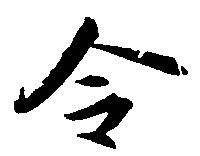
令